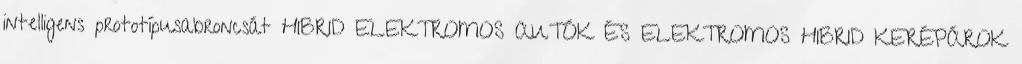
intelligens prototípusabroncsát HIBRID ELEKTROMOS AUTÓK ÉS ELEKTROMOS HIBRID KERÉPÁROK